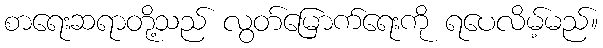
စာရေးဆရာတို့သည် လွတ်မြောက်ရေးကို ရပေလိမ့်မည်။